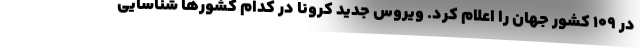
در ۱۰۹ کشور جهان را اعلام کرد. ویروس جدید کرونا در کدام کشورها شناسایی